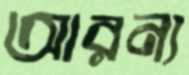
আরন্য